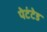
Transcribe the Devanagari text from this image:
पेटंटेड